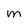
Character: M